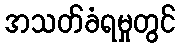
အသတ်ခံရမှုတွင်